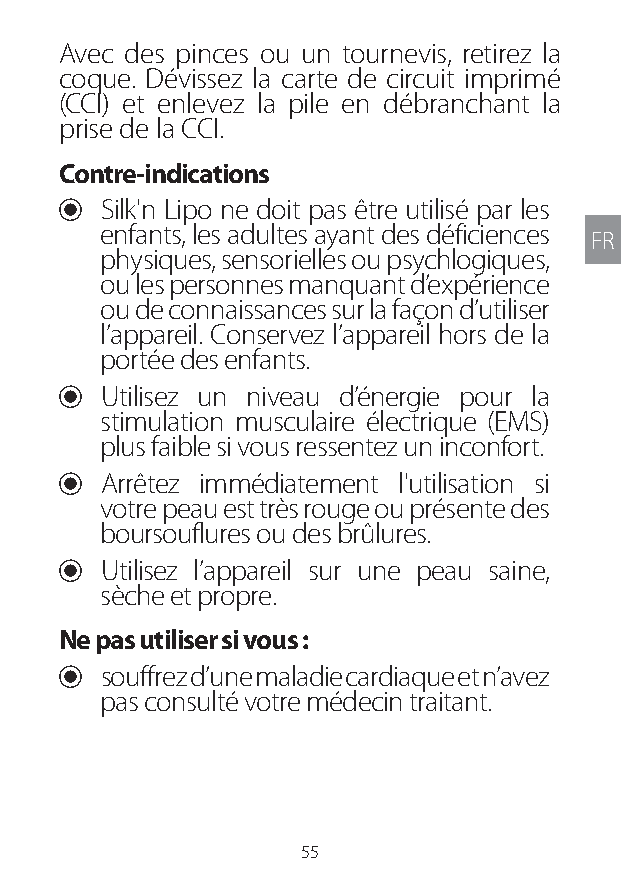
Avec des pinces ou un tournevis, retirez la
 coque. Dévissez la carte de circuit imprimé
 (CCI) et enlevez la pile en débranchant la
 prise de la CCI.
 Contre-indications
 U Silk'n Lipo ne doit pas être utilisé par les
 enfants, les adultes ayant des déficiences
 FR
 physiques, sensorielles ou psychlogiques,
 ou les personnes manquant d’expérience
 ou de connaissances sur la façon d’utiliser
 l’appareil. Conservez l’appareil hors de la
 portée des enfants.
 U Utilisez un niveau d’énergie pour la
 stimulation musculaire électrique (EMS)
 plus faible si vous ressentez un inconfort.
 U Arrêtez immédiatement l'utilisation si
 votre peau est très rouge ou présente des
 boursouflures ou des brûlures.
 U Utilisez l’appareil sur une peau saine,
 sèche et propre.
 Ne pas utiliser si vous :
 U souffrez d’une maladie cardiaque et n’avez
 pas consulté votre médecin traitant.
 55
 Lipo UM EU124 3545B inside ALL EU124 ED296-24 release.indd 55 14/08/2018 10:57:35